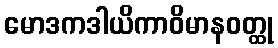
မောဒကဒါယိကာဝိမာနဝတ္ထု